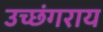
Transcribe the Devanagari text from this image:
उच्छंगराय